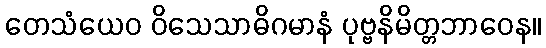
တေသံယေဝ ဝိသေသာဓိဂမာနံ ပုဗ္ဗနိမိတ္တဘာဝေန။